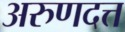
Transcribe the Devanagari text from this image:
अरुणदत्त